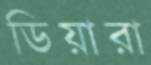
ডিয়ারা